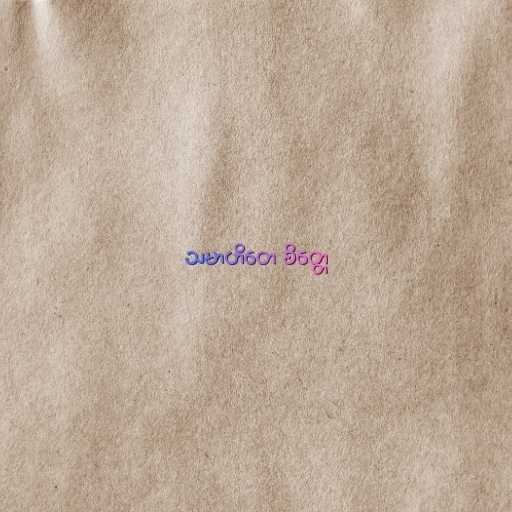
သမာဟိတေ စိတ္တေ